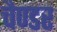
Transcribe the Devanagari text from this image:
चैण्डर